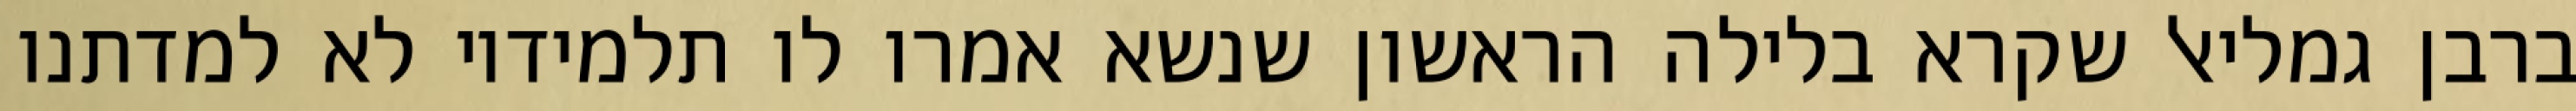
ברבן גמליאל שקרא בלילה הראשון שנשא אמרו לו תלמידיו לא למדתנו